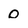
Character: 0